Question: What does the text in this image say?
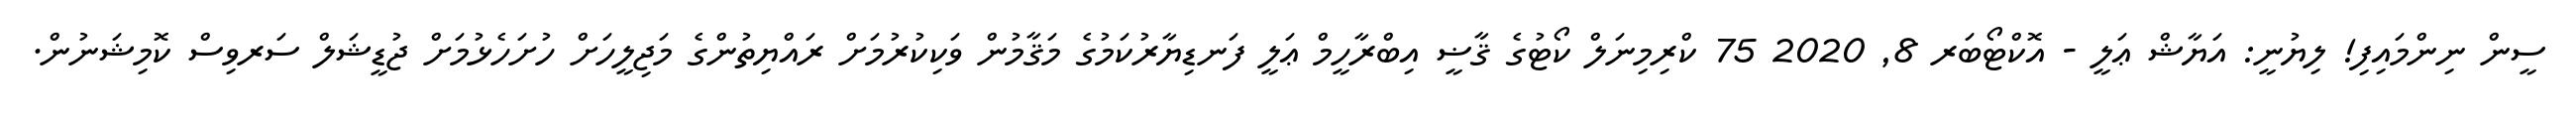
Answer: ސީން ނިންމައިފި! ލިޔުނީ: އަޔާޝް ޢަލީ - އޮކްޓޯބަރ 8, 2020 75 ކްރިމިނަލް ކޯޓުގެ ޤާޟީ އިބްރާހީމް ޢަލީ ފަނޑިޔާރުކަމުގެ މަޤާމުން ވަކިކުރުމަށް ރައްޔިތުންގެ މަޖިލީހަށް ހުށަހެޅުމަށް ޖުޑީޝަލް ސަރވިސް ކޮމިޝަނުން.